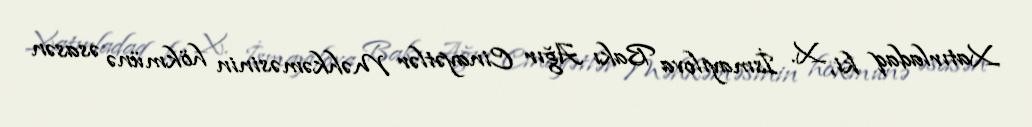
Xatırladaq ki, X. İsmayılova Bakı Ağır Cinayətlər Məhkəməsinin hökmünə əsasən